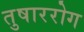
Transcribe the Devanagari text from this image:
तुषाररोग